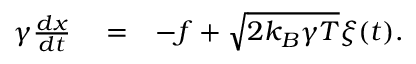
\begin{array} { r l r } { \gamma { \frac { d x } { d t } } } & { { } = } & { - f + \sqrt { 2 k _ { B } \gamma T } \xi ( t ) . } \end{array}